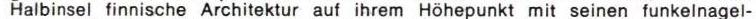
Halbinsel finnische Architektur auf ihrem Höhepunkt mit seinen funkelnagel-